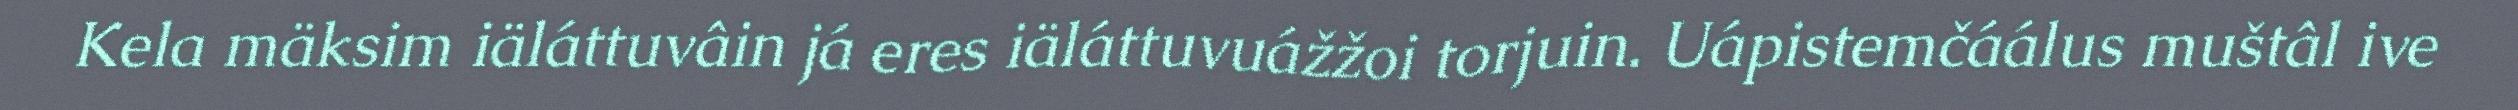
Kela mäksim iäláttuvâin já eres iäláttuvuážžoi torjuin. Uápistemčáálus muštâl ive